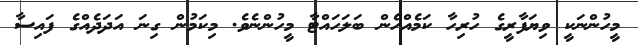
މީހުންނަކީ ވިޔަފާރީގެ ހުރިހާ ކަމެއްހެން ބަލަހައްޓާ މީހުންނެވެ. މިކަމުން ގިނަ އަދަދެއްގެ ފައިސާ